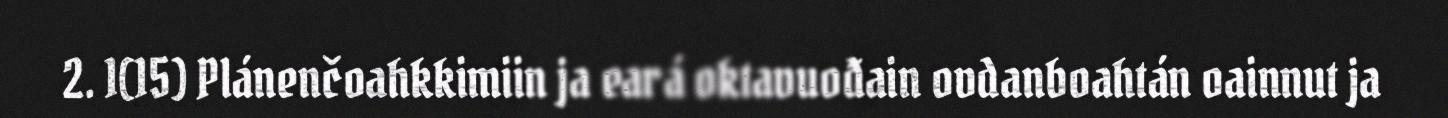
2. 1(15) Plánenčoahkkimiin ja eará oktavuođain ovdanboahtán oainnut ja